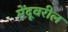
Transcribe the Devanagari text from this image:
मेंदूवरील